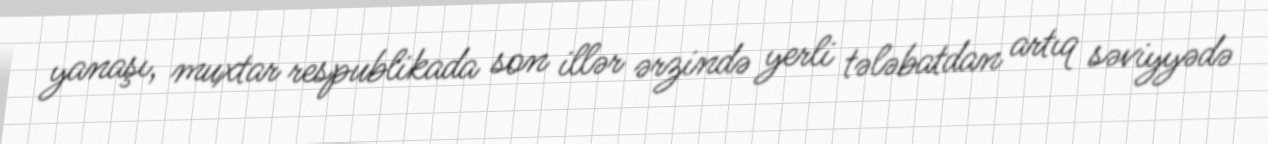
yanaşı, muxtar respublikada son illər ərzində yerli tələbatdan artıq səviyyədə